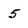
Character: 5